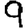
Digit: 9